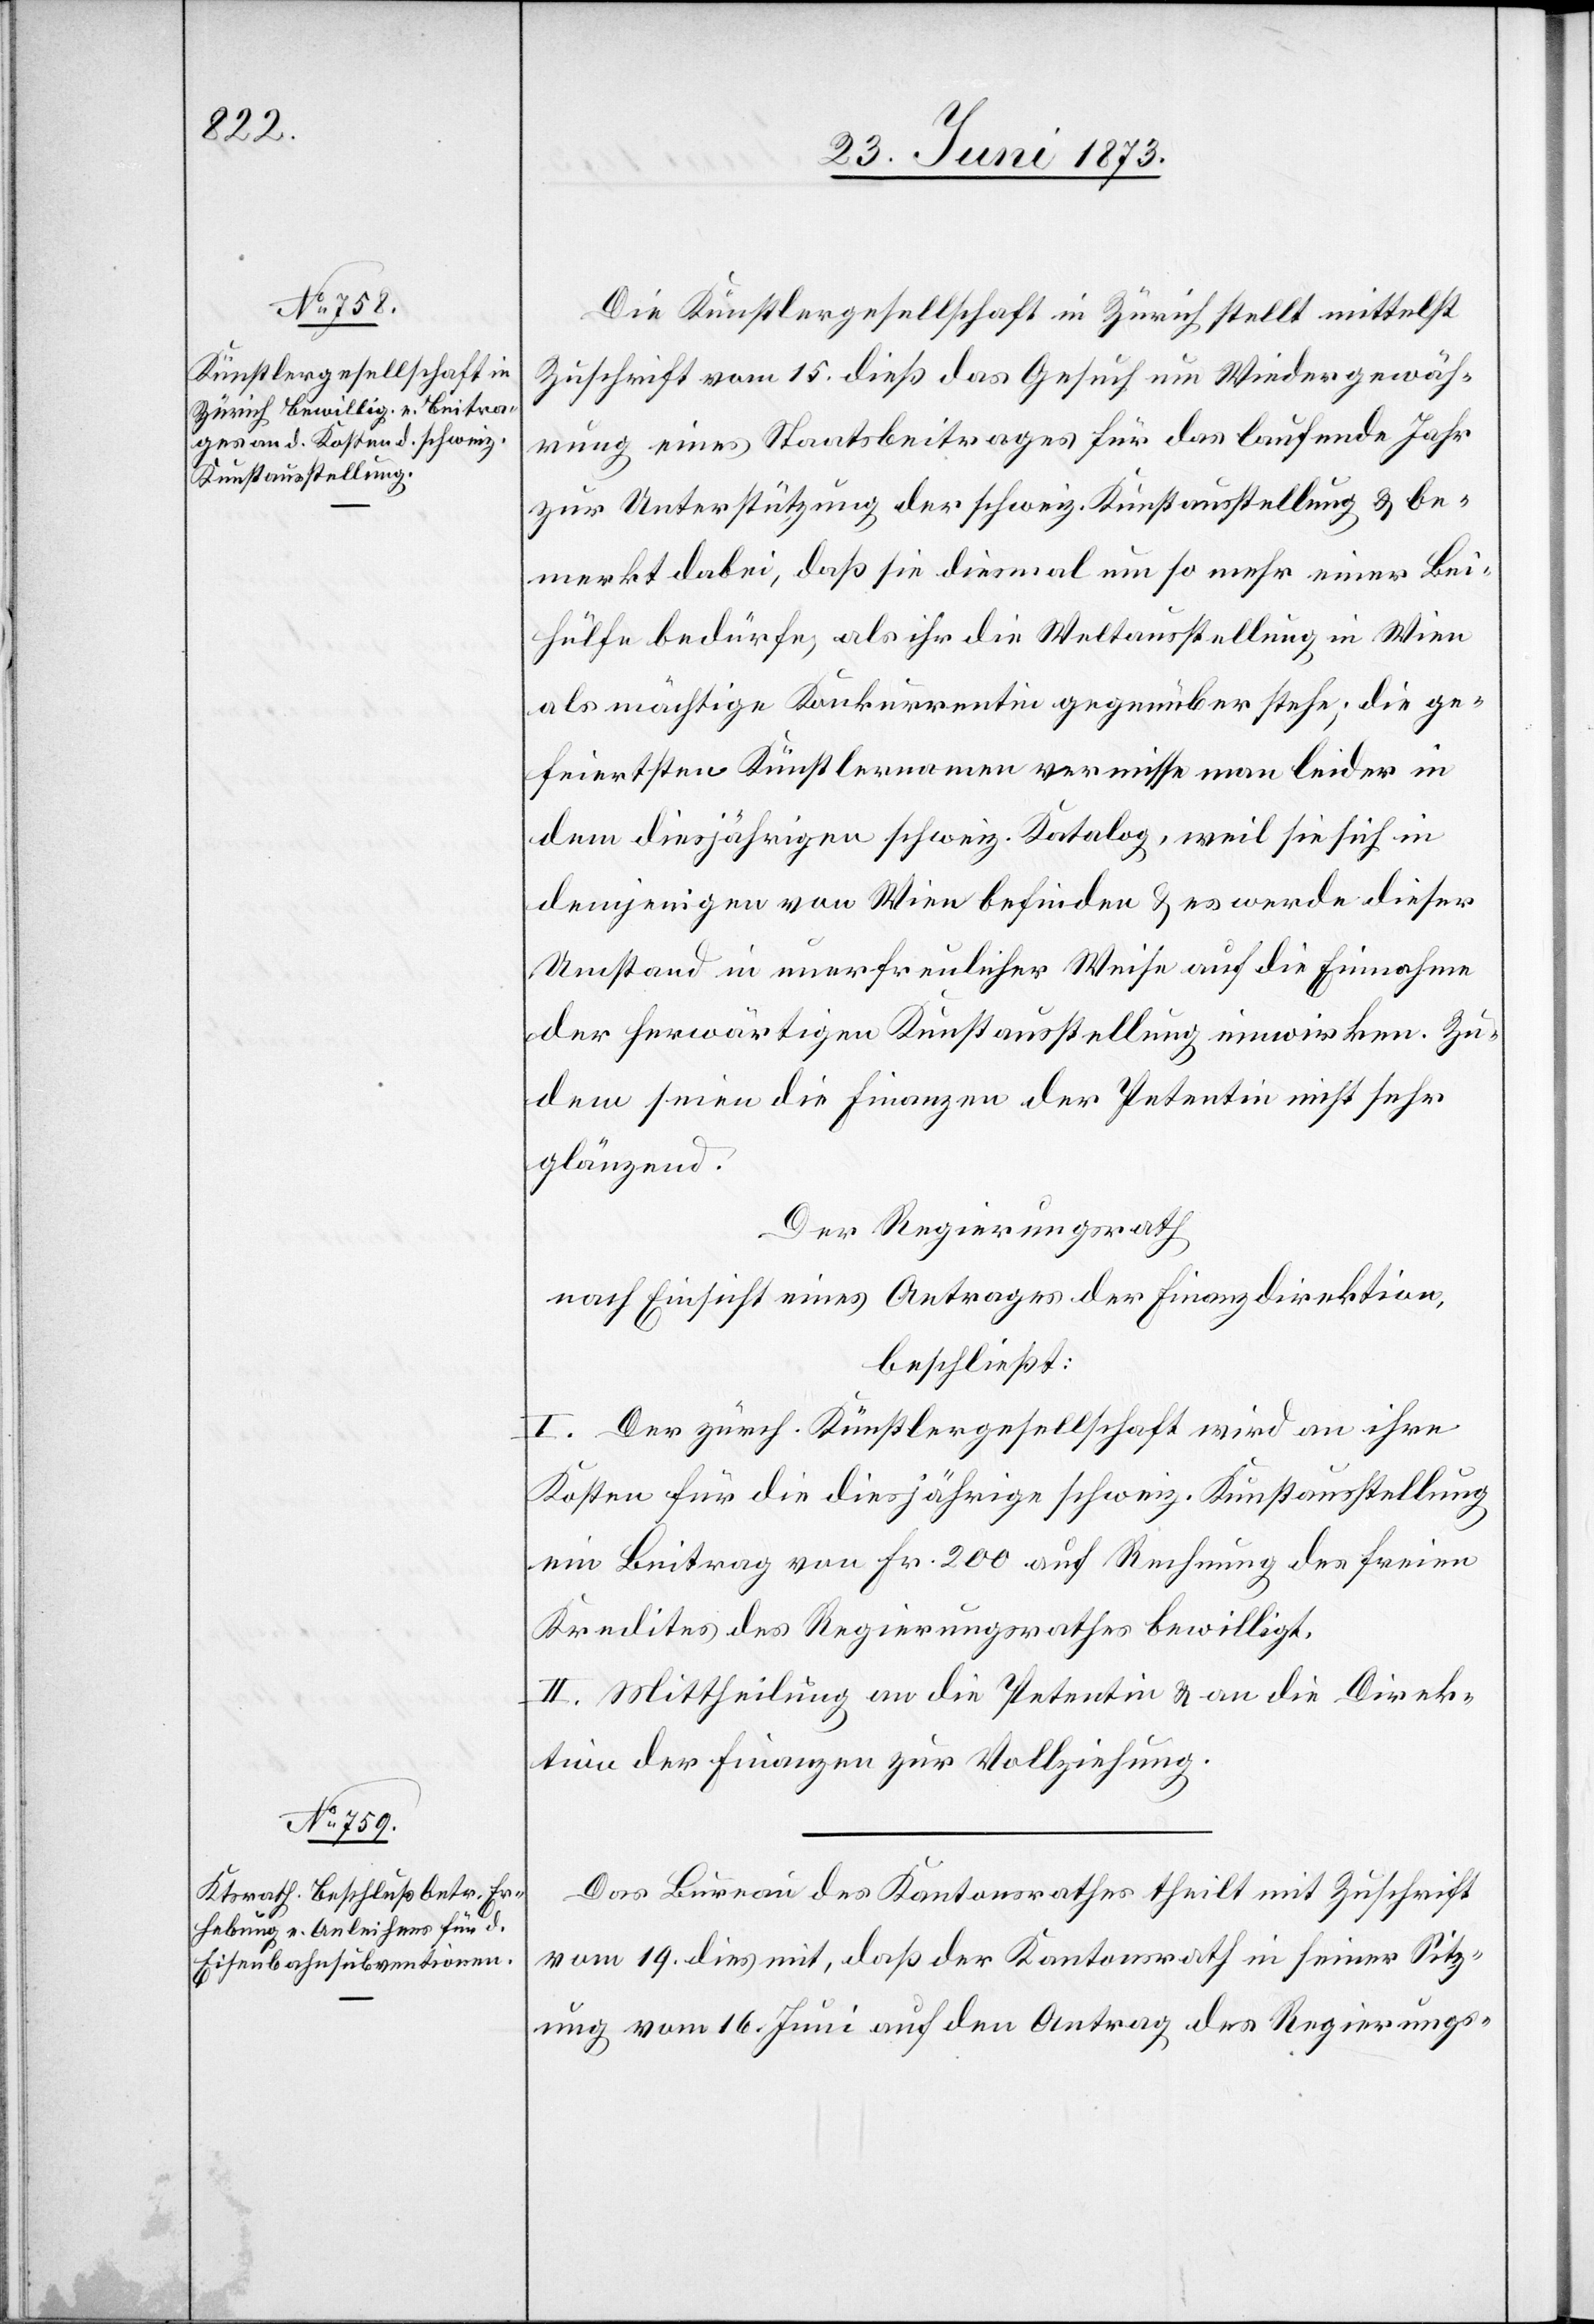
Die Künstlergesellschaft in Zürich stellt mittelst
Zuschrift vom 15. dieß das Gesuch um Wiedergewäh¬
rung eines Staatsbeitrages für das laufende Jahr
zur Unterstützung der schweiz. Kunstausstellung & be¬
merkt dabei, daß sie diesmal um so mehr einer Bei¬
hülfe bedürfe, als ihr die Weltausstellung in Wien
als mächtige Konkurrentin gegenüber stehe; die ge¬
feiertsten Künstlernamen vermisse man leider in
dem diesjährigen schweiz. Katalog, weil sie sich in
demjenigen von Wien befinden & es werde dieser
Umstand in unerfreulicher Weise auf die Einnahme
der herwärtigen Kunstausstellung einwirken. Zu¬
dem seien die Finanzen der Petentin nicht sehr
glänzend.
Der Regierungsrath
nach Einsicht eines Antrages der Finanzdirektion,
beschließt:
I. Der zürch. Künstlergesellschaft wird an ihre
Kosten für die diesjährige schweiz. Kunstausstellung
ein Beitrag von Fr. 200 auf Rechnung des freien
Kredites des Regierungsrathes bewilligt.
II. Mittheilung an die Petentin & an die Direk¬
tion der Finanzen zur Vollziehung.
Das Bureau des Kantonsrathes theilt mit Zuschrift
vom 19. dies mit, daß der Kantonsrath in seiner Sitz¬
ung vom 16. Juni auf den Antrag des Regierungs-